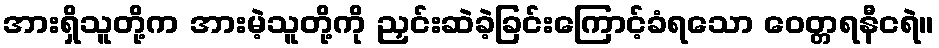
အားရှိသူတို့က အားမဲ့သူတို့ကို ညှင်းဆဲခဲ့ခြင်းကြောင့်ခံရသော ဝေတ္တရနီငရဲ။